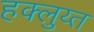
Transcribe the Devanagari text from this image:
हक्लुय्त